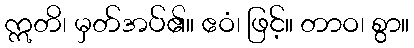
ဣတိ၊ မှတ်အပ်၏။ ဧဝံ၊ ဖြင့်။ တာဝ၊ စွာ။